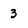
Character: 3